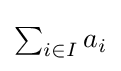
\textstyle \sum _{i\in I}a_{i}